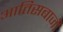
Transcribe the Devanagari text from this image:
आतिसबाजी